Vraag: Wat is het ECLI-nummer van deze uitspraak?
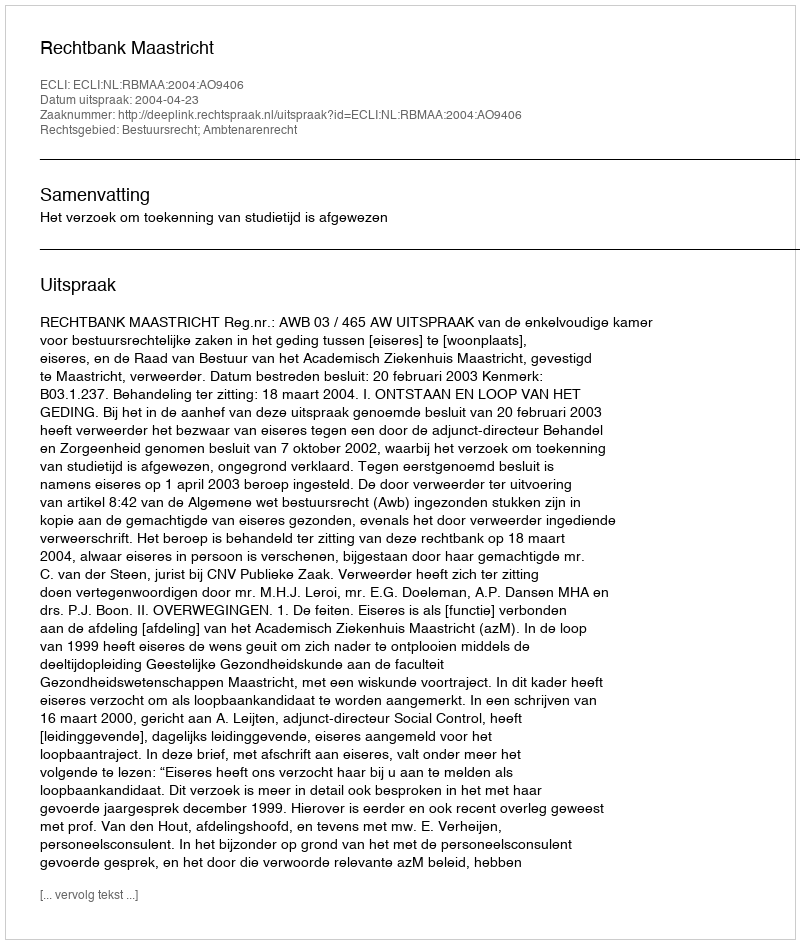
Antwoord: ECLI:NL:RBMAA:2004:AO9406